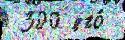
 300 его́